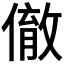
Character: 𬿮